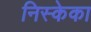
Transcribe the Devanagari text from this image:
निस्केका